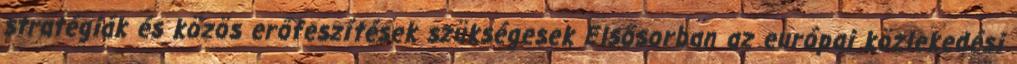
stratégiák és közös erőfeszítések szükségesek Elsősorban az európai közlekedési